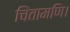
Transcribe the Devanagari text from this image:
चिंतामणि।